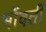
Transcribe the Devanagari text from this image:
भोंवतीं